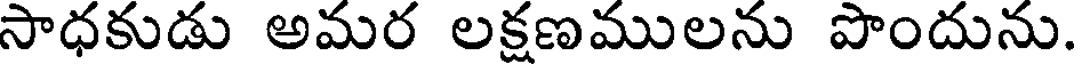
సాధకుడు అమర లక్షణములను పొందును.